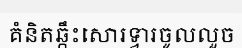
គំនិតឆ្កឹះសោរទ្វារចូលលួច